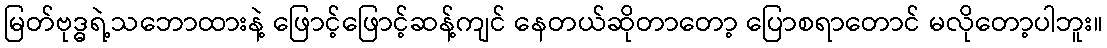
မြတ်ဗုဒ္ဓရဲ့သဘောထားနဲ့ ဖြောင့်ဖြောင့်ဆန့်ကျင် နေတယ်ဆိုတာတော့ ပြောစရာတောင် မလိုတော့ပါဘူး။